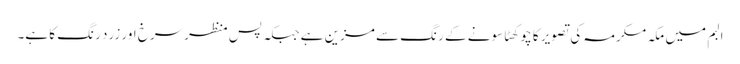
البم میں مکہ مکرمہ کی تصویر کا چوکھٹا سونے کے رنگ سے مزین ہے جبکہ پس منظرسرخ اور زرد رنگ کا ہے۔